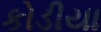
કોડીયા